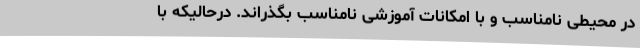
در محیطی نامناسب و با امکانات آموزشی نامناسب بگذراند. درحالیکه با